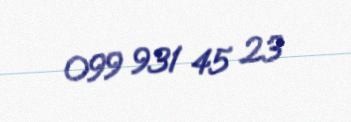
099 931 45 23